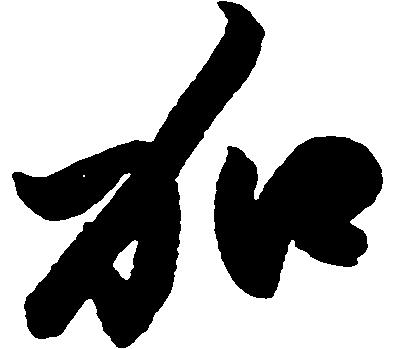
加